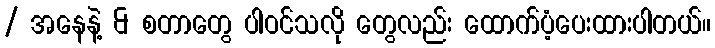
/ အနေနဲ့ & စတာတွေ ပါဝင်သလို တွေလည်း ထောက်ပံ့ပေးထားပါတယ်။